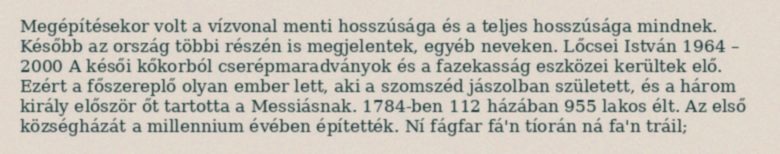
Megépítésekor volt a vízvonal menti hosszúsága és a teljes hosszúsága mindnek. Később az ország többi részén is megjelentek, egyéb neveken. Lőcsei István 1964 – 2000 A késői kőkorból cserépmaradványok és a fazekasság eszközei kerültek elő. Ezért a főszereplő olyan ember lett, aki a szomszéd jászolban született, és a három király először őt tartotta a Messiásnak. 1784-ben 112 házában 955 lakos élt. Az első községházát a millennium évében építették. Ní fágfar fá'n tíorán ná fa'n tráil;